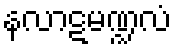
နလာဋမဏ္ဍလံ